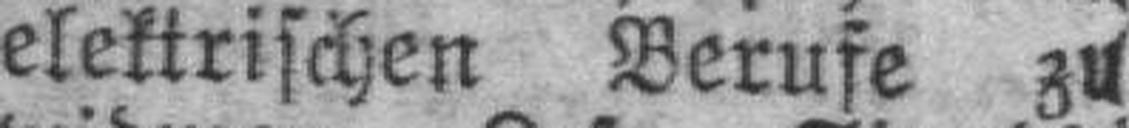
elektrischen Berufe zu